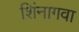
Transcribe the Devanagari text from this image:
शिंनागवा